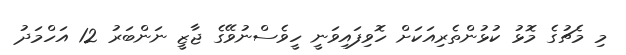
މި މެޗުގެ މޮޅު ކުޅުންތެރިއަކަށް ހޮވިފައިވަނީ ހީވެސްނުވޭގެ ޖާޒީ ނަންބަރު 12 އަހްމަދު